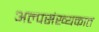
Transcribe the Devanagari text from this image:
अल्पसंख्यकात